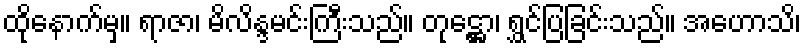
ထိုနောက်မှ။ ရာဇာ၊ မိလိန္ဒမင်းကြီးသည်။ တုဋ္ဌော၊ ရွှင်ပြခြင်းသည်။ အဟောသိ၊